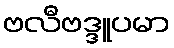
ဗလီဗဒ္ဒူပမာ